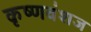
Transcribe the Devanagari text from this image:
कृष्‍णवंशज